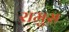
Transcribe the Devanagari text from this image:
रामुस